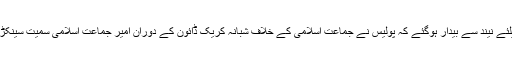
پھر وہ دن بھی آیا جب 23فروری کی صبح لوگ یہ سننے کیلئے نیند سے بیدار ہوگئے کہ پولیس نے جماعت اسلامی کے خلاف شبانہ کریک ڈائون کے دوران امیر جماعت اسلامی سمیت سینکڑوں جماعت لیڈروں اور کارکنوں کو حراست میں لے لیا ہے ۔